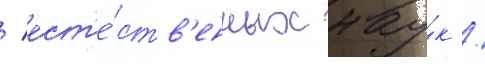
/ ест'е́ств'енных нау́к /